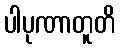
ပါပုဏာတူတိ